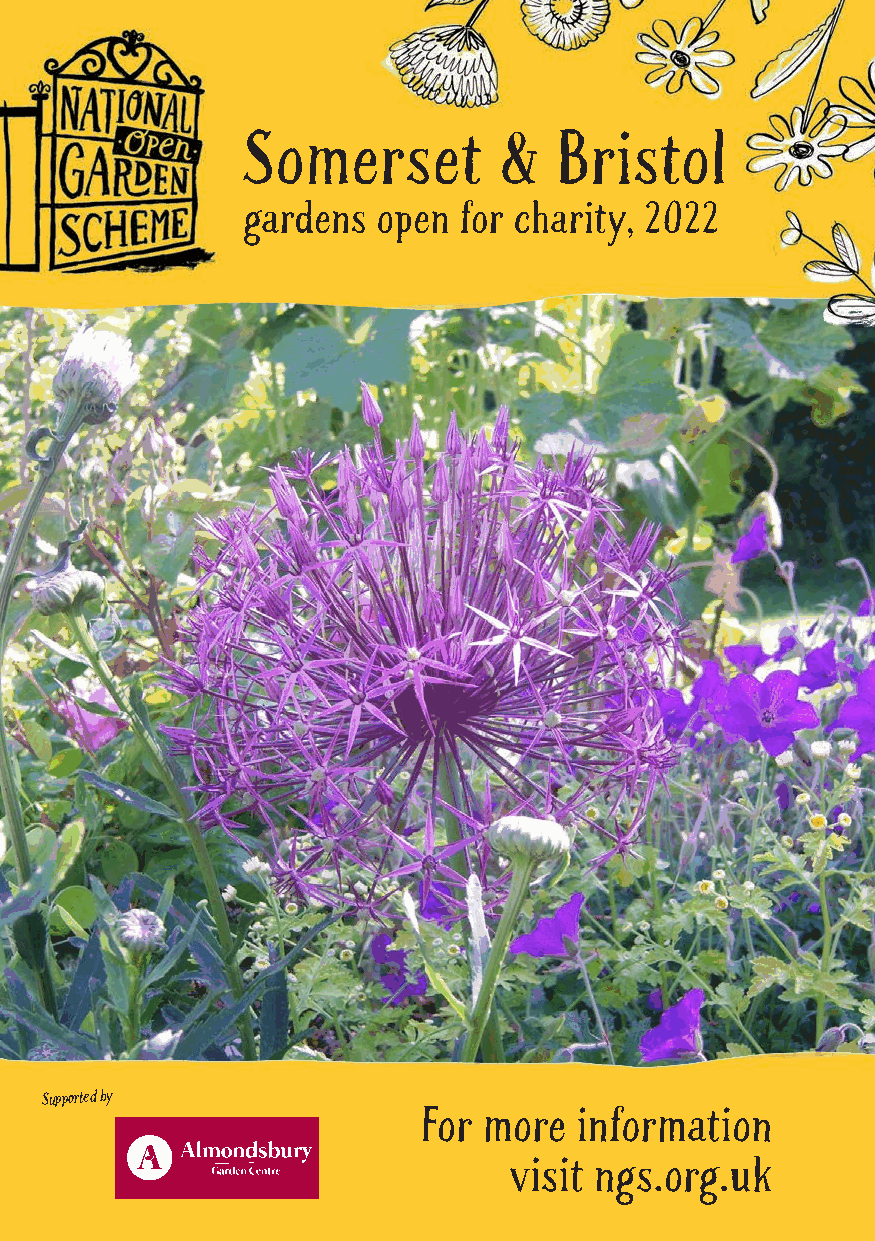
Somerset         &   Bristol
 gardens  open for charity, 2022
 Supported by
 For more  information
 visit ngs.org.uk